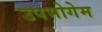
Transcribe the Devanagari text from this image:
उपभोगेम